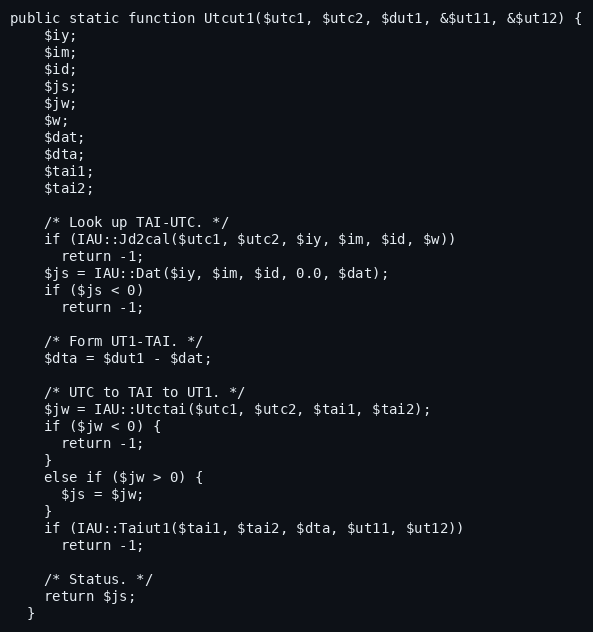
Language: PHP
public static function Utcut1($utc1, $utc2, $dut1, &$ut11, &$ut12) {
    $iy;
    $im;
    $id;
    $js;
    $jw;
    $w;
    $dat;
    $dta;
    $tai1;
    $tai2;

    /* Look up TAI-UTC. */
    if (IAU::Jd2cal($utc1, $utc2, $iy, $im, $id, $w))
      return -1;
    $js = IAU::Dat($iy, $im, $id, 0.0, $dat);
    if ($js < 0)
      return -1;

    /* Form UT1-TAI. */
    $dta = $dut1 - $dat;

    /* UTC to TAI to UT1. */
    $jw = IAU::Utctai($utc1, $utc2, $tai1, $tai2);
    if ($jw < 0) {
      return -1;
    }
    else if ($jw > 0) {
      $js = $jw;
    }
    if (IAU::Taiut1($tai1, $tai2, $dta, $ut11, $ut12))
      return -1;

    /* Status. */
    return $js;
  }